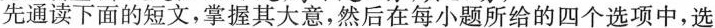
先通读下面的短文,掌握其大意,然后在每小题所给的四个选项中,选